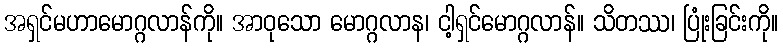
အရှင်မဟာမောဂ္ဂလာန်ကို။ အာဝုသော မောဂ္ဂလာန၊ ငါ့ရှင်မောဂ္ဂလာန်။ သိတဿ၊ ပြုံးခြင်းကို။